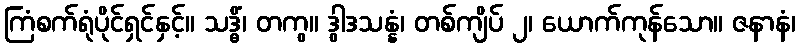
ကြံစက်ရုံပိုင်ရှင်နှင့်။ သဒ္ဓိံ၊ တကွ။ ဒွါဒသန္နံ၊ တစ်ကျိပ် ၂၊ ယောက်ကုန်သော။ ဇနာနံ၊